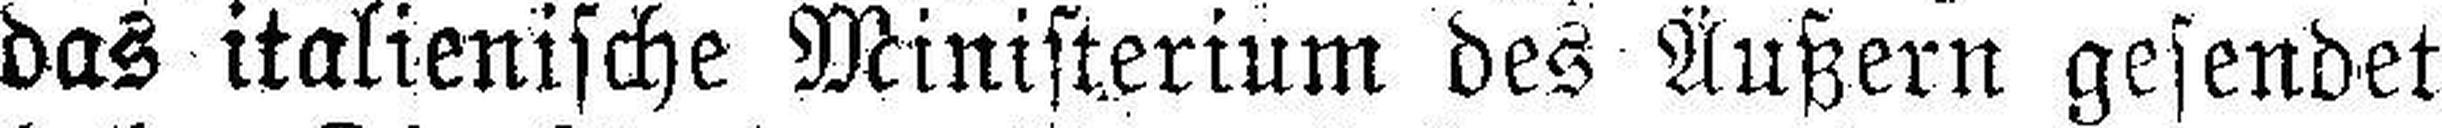
das italienische Ministerium des Äußern gesendet